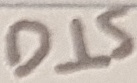
Text: DIS